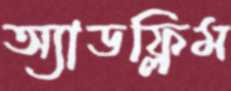
অ্যাডফ্লিম